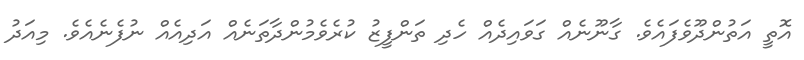
އޮތީ އަތުންދޫވެފައެވެ. ގާނޫނެއް ގަވައިދެއް ހެދި ތަންފީޒު ކުރެވެމުންދާތަނެއް އަދިއެއް ނުފެނެއެވެ. މިއަދު